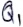
Text: Q1